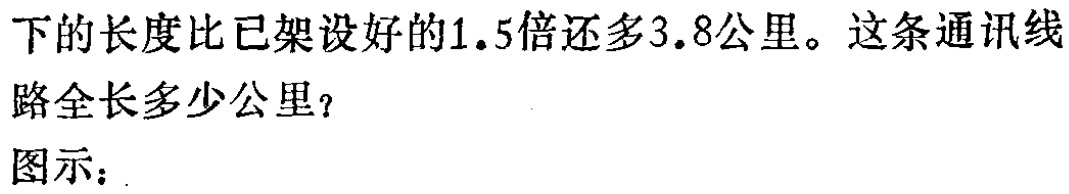
下的长度比已架设好的1.5倍还多3.8公里。这条通讯线
路全长多少公里？
图示：